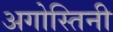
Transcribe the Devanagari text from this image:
अगोस्तिनी